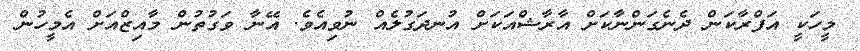
މީހަކީ އަފްރާކަން ދެނެގަންނާކަށް އާރާޝްއަކަށް އުނދަގުލެއް ނުވިއެވެ. އޭނާ ވަގުތުން މާއިޒްއަށް އެމީހުން